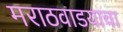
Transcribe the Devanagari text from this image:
मराठवाडयाचा